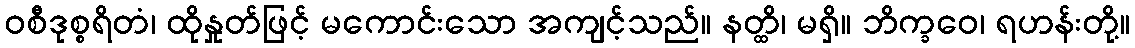
ဝစီဒုစ္စရိတံ၊ ထိုနှုတ်ဖြင့် မကောင်းသော အကျင့်သည်။ နတ္ထိ၊ မရှိ။ ဘိက္ခဝေ၊ ရဟန်းတို့။